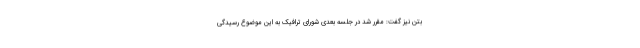
بتن نیز گفت: مقرر شد در جلسه بعدی شورای ترافیک به این موضوع رسیدگی